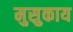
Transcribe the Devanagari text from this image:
मुसुकाय